Indian journal of veterinary science and animal husbandry - Volume 11,
Year: 1941
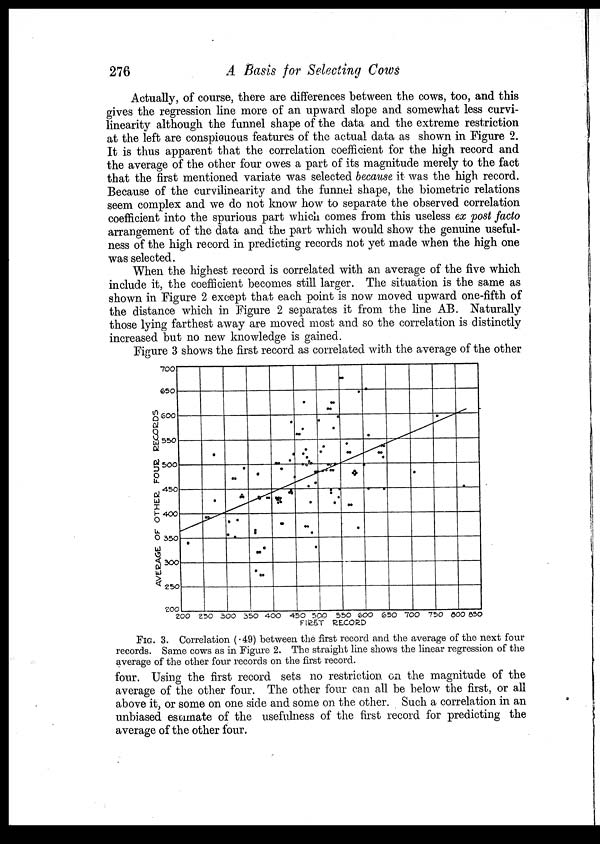
276
A Basis for Selecting Cows
Actually, of course, there are differences between the cows, too, and this
gives the regression line more of an upward slope and somewhat less curvi¬
linearity although the funnel shape of the data and the extreme restriction
at the left are conspicuous features of the actual data as shown in Figure 2.
It is thus apparent that the correlation coefficient for the high record and
the average of the other four owes a part of its magnitude merely to the fact
that the first mentioned variate was selected because it was the high record.
Because of the curvilinearity and the funnel shape, the biometric relations
seem complex and we do not know how to separate the observed correlation
coefficient into the spurious part which comes from this useless ex post facto
arrangement of the data and the part which would show the genuine useful-
ness of the high record in predicting records not yet made when the high one
was selected.
When the highest record is correlated with an average of the five which
include it, the coefficient becomes still larger. The situation is the same as
shown in Figure 2 except that each point is now moved upward one-fifth of
the distance which in Figure 2 separates it from the line AB. Naturally
those lying farthest away are moved most and so the correlation is distinctly
increased but no new knowledge is gained.
Figure 3 shows the first record as correlated with the average of the other
FIG. 3. Correlation (.49) between the first record and the average of the next four
records. Same cows as in Figure 2. The straight line shows the linear regression of the
average of the other four records on the first record.
four. Using the first record sets no restriction on the magnitude of the
average of the other four. The other four can all be below the first, or all
above it, or some on one side and some on the other. Such a correlation in an
unbiased estimate of the usefulness of the first record for predicting the
average of the other four.